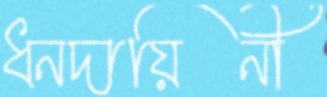
ধনদায়িনী